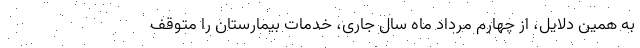
به همین دلایل، از چهارم مرداد ماه سال جاری، خدمات بیمارستان را متوقف